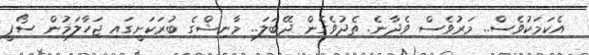
އެކަމަކުވެސް.. މަރުވެސް ވެދާނެ. ތެދުވެގެން ދޭބަލަ.. މާނިޝްގެ ބުރަކަށީގައި ޖަހާލަމުން ސޯފީ